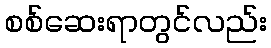
စစ်ဆေးရာတွင်လည်း